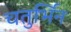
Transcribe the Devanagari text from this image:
चतुर्भिर्न